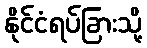
နိုင်ငံရပ်ခြားသို့